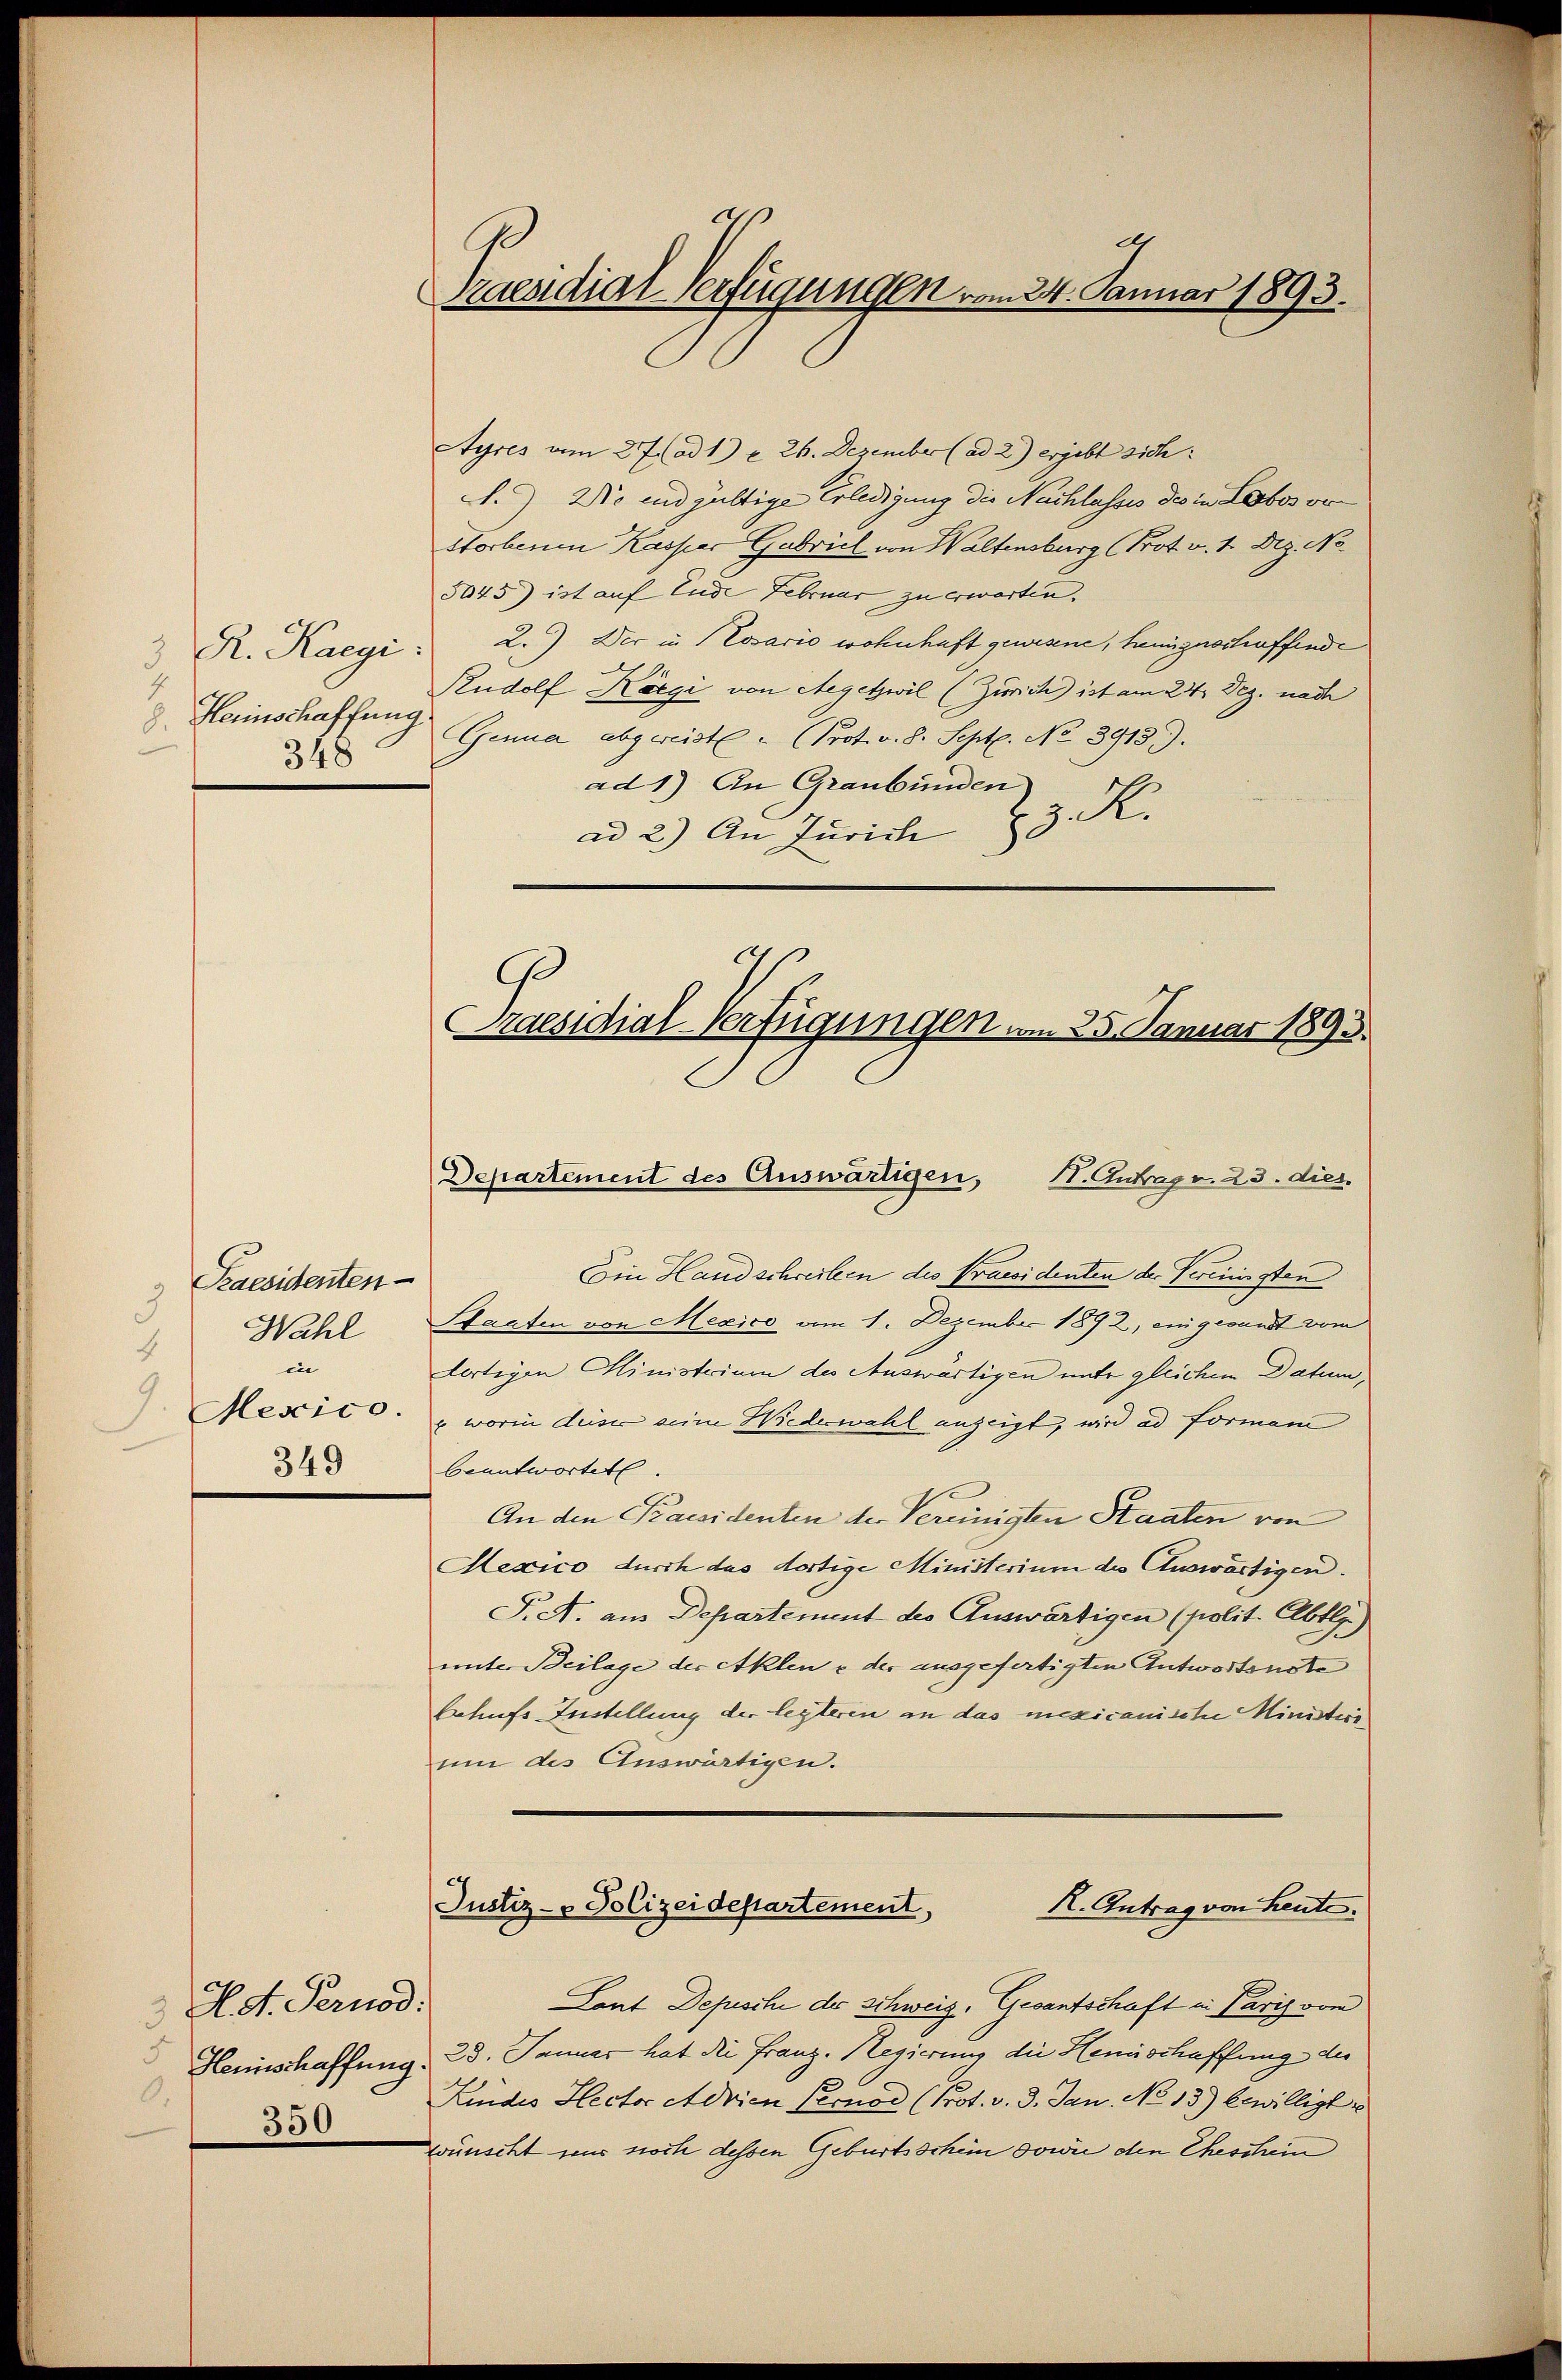
3 R. Kaegi
8. Herinschaffung.
348

Paesidenten
3
Wahl
4
in
Mexico.
349

H. d. Pernod:
Heinschaffung.
9.
350

9
Praesidial-Verfügungen vom 24. Januar 1893.

Ayres am 27. (ad 1) u. 26. Dezember (ad 2.) ergebt sich:
.) Wo und gültige Erledigung die Nachlasses des in Lobos von
Storbenen Kaspar Gabrich von Waltensburg (Prot. v. 1. Dez. No.
5045) ist auf Ende Februar zu erwarten.
2.) Der in Cosario wohnhaft gewesene, heimgeschaffende
Rudolf Kägi von Aegetzwil (Zürich ist am 24. Dez. nach
Genua abgereist u. Prot. v. 8. Sept. No 3913).
ad 1) An Graubünden
ad 2.) An Zürich 23. K.

Praesidial-Verfügungen vom 25. Januar 1893.
Departement des Auswärtigen, 11. Antrag v. 23. dies

Ein Hand schreiben des Praesidenten der Vereinisten
Staaten von Mexico vom 1. Dezember 1892, eingesandt vom
dortigen Ministrium des Auswärtigen unter gleichem Datum,
 worin desse seine Wiederwahl anzeigt, wird ad Formani
beantwortet
An den Praesidenten der Vereinigten Staaten von
Mexico durch das dortige Ministerium des Auswärtigen.
T. A. am Departement des Auswärtigen (polit. Abtlg.)
unter Beilage der Akten & der ausgefertigten Antwortenste
behufs Anstellung der legterin an das mexicanische Ministien
um des Auswärtigen.
Justiz- & Polizeidepartement,
R. Antrag von Heute.
Laut Depeschi der Schweiz. Gesantschaft in Paris vom
28. Januar hat die Franz-Regierung die Hennschaffung des
Kindes Hector Adrien Pernod (Prot. v. 3. Jan. No 13) bewilligt
wünscht uns noch dessen Geburtsschein sowie den Eheschein